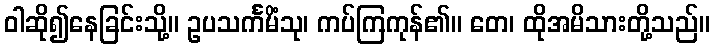
ဝါဆို၍နေခြင်းသို့။ ဥပသင်္ကမိံသု၊ ကပ်ကြကုန်၏။ တေ၊ ထိုအမိသားတို့သည်။